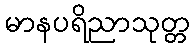
မာနပရိညာသုတ္တ